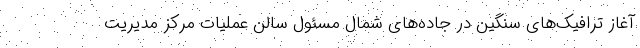
آغاز ترافیک‌های سنگین در جاده‌های شمال مسئول سالن عملیات مرکز مدیریت‌